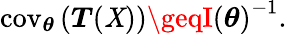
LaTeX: \operatorname{cov}_{\boldsymbol{\theta}}\left({\boldsymbol{T}}(\mathit{X})\right)\geqI\left({\boldsymbol{\theta}}\right)^{-1}.